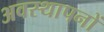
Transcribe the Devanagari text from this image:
अवस्थापनों